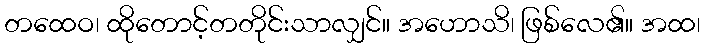
တထေဝ၊ ထိုတောင့်တတိုင်းသာလျှင်။ အဟောသိ၊ ဖြစ်လေ၏။ အထ၊